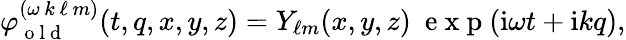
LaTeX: \begin{array}{r}{\varphi_{\mathrm{~o~l~d~}}^{(\omega\, k\, \ell\, m)}(t,q,x,y,z)=Y_{\ell m}(x,y,z)\ \mathrm{~e~x~p~}(\mathrm{i}\omega t+\mathrm{i}kq),}\end{array}